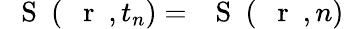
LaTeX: \mathrm{~{~\mathbf~S~}~}(\mathrm{~{~\mathbf~r~}~},t_{n})=\mathrm{~{~\mathbf~S~}~}(\mathrm{~{~\mathbf~r~}~},n)